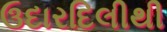
ઉદારદિલીથી